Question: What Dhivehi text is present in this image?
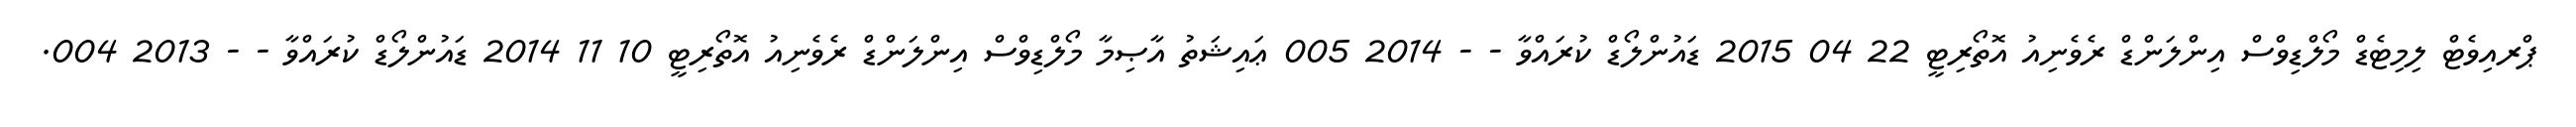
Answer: ޕްރއިވެޓް ލިމިޓެޑް މޯލްޑިވްސް އިންލަންޑް ރެވެނިއު އޮތޯރިޓީ 22 04 2015 ޑައުންލޯޑް ކުރައްވާ - - 2014 005 ޢައިޝަތު އާޞިމާ މޯލްޑިވްސް އިންލަންޑް ރެވެނިއު އޮތޯރިޓީ 10 11 2014 ޑައުންލޯޑް ކުރައްވާ - - 2013 004.